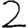
Digit: 2